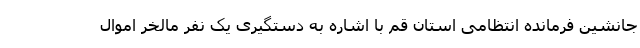
جانشین فرمانده انتظامی استان قم با اشاره به دستگیری یک نفر مالخر اموال